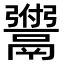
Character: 𫙆